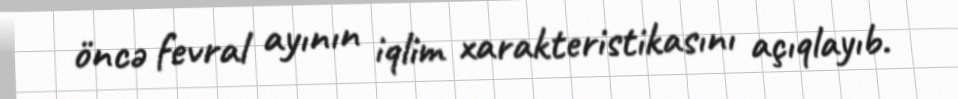
öncə fevral ayının iqlim xarakteristikasını açıqlayıb.